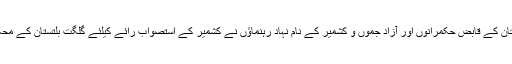
28اپریل 1949ء کا معاہدہ کراچی بھی جابرانہ معاہدوں کی بدترین مثال ہے جب پاکستان کے قابض حکمرانوں اور آزاد جموں و کشمیر کے نام نہاد رہنماؤں نے کشمیر کے استصواب رائے کیلئے گلگت بلتستان کے محکوم و محروم عوام کو بھیڑ بکریوں کی طرح رکھنے کیلئے کراچی میں ایک معاہدہ کیا۔